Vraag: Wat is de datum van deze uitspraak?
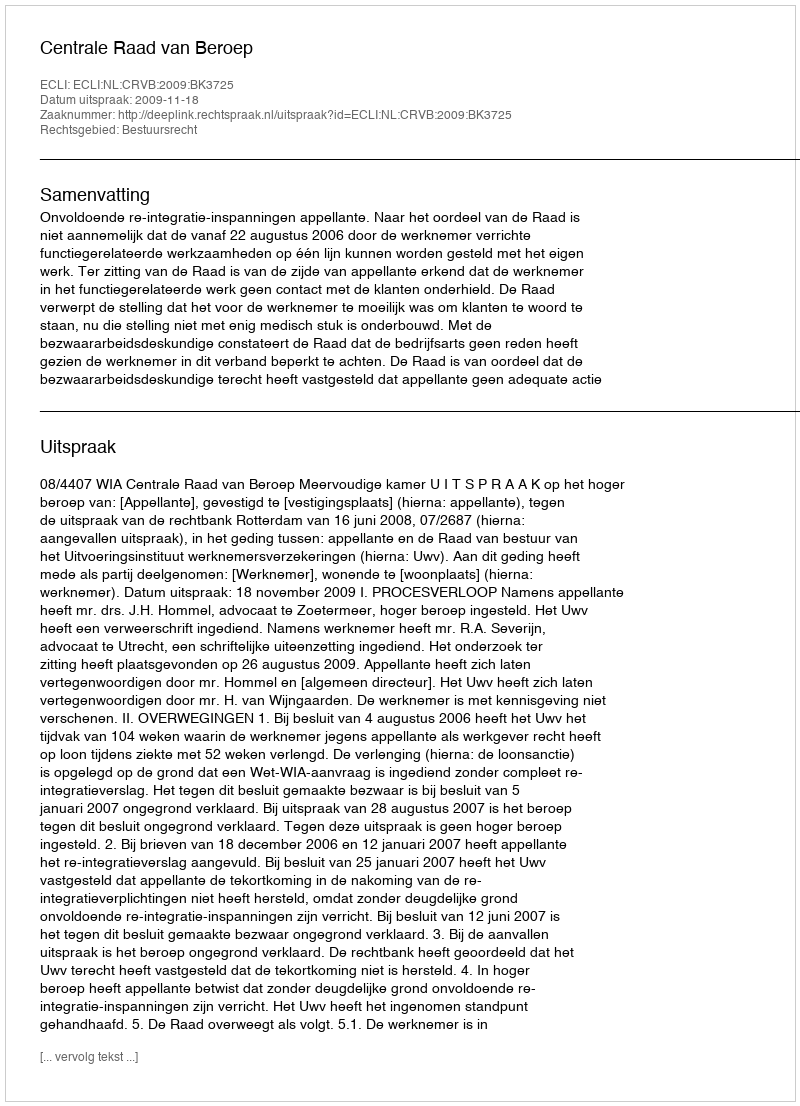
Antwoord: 2009-11-18